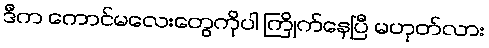
ဒီက ကောင်မလေးတွေကိုပါ ကြိုက်နေပြီ မဟုတ်လား